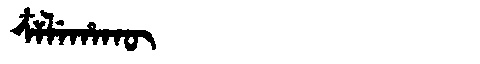
Manchu: ᠴᠶᠯᡝᡥᠠᡴᡡ
Romanization: CYLEHAKŪ